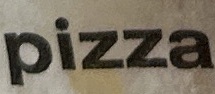
pizz